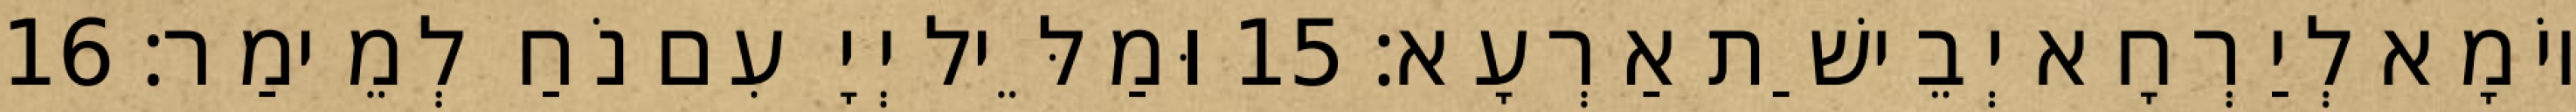
יוֹמָא לְיַרְחָא יְבֵישַׁת אַרְעָא׃ 15 וּמַלֵּיל יְיָ עִם נֹחַ לְמֵימַר׃ 16